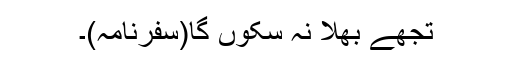
تجھے بُھلا نہ سکوں گا(سفرنامہ)۔